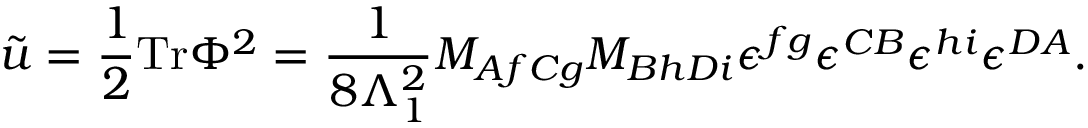
\tilde { u } = \frac { 1 } { 2 } \mathrm { T r } \Phi ^ { 2 } = \frac { 1 } { 8 \Lambda _ { 1 } ^ { 2 } } M _ { A f C g } M _ { B h D i } \epsilon ^ { f g } \epsilon ^ { C B } \epsilon ^ { h i } \epsilon ^ { D A } .